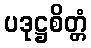
ပဒုဋ္ဌစိတ္တံ